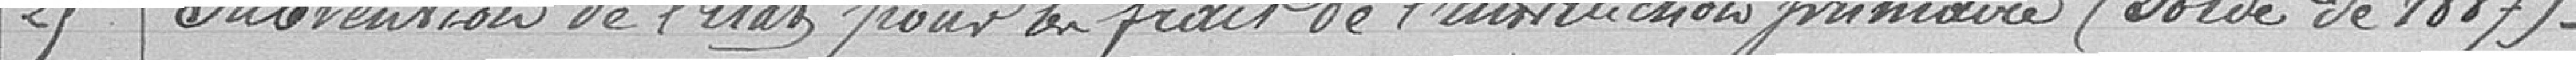
25. Subvention de l'Etat pour les frais de l'instruction primaire ( solde de 1879)